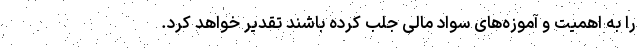
را به اهمیت و آموزه‌های سواد مالی جلب کرده باشند تقدیر خواهد کرد.